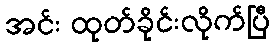
အင်း ထုတ်ခိုင်းလိုက်ပြီ